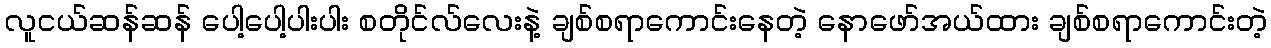
လူငယ်ဆန်ဆန် ပေါ့ပေါ့ပါးပါး စတိုင်လ်လေးနဲ့ ချစ်စရာကောင်းနေတဲ့ နောဖော်အယ်ထား ချစ်စရာကောင်းတဲ့